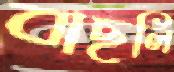
বাছলি